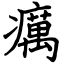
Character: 癘